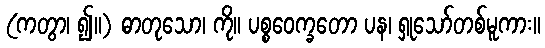
(ကတွာ၊ ၍။) ဓာတုသော၊ ကို။ ပစ္စဝေက္ခတော ပန၊ ရှုသော်တစ်မူကား။